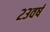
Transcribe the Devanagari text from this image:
२३वर्ष